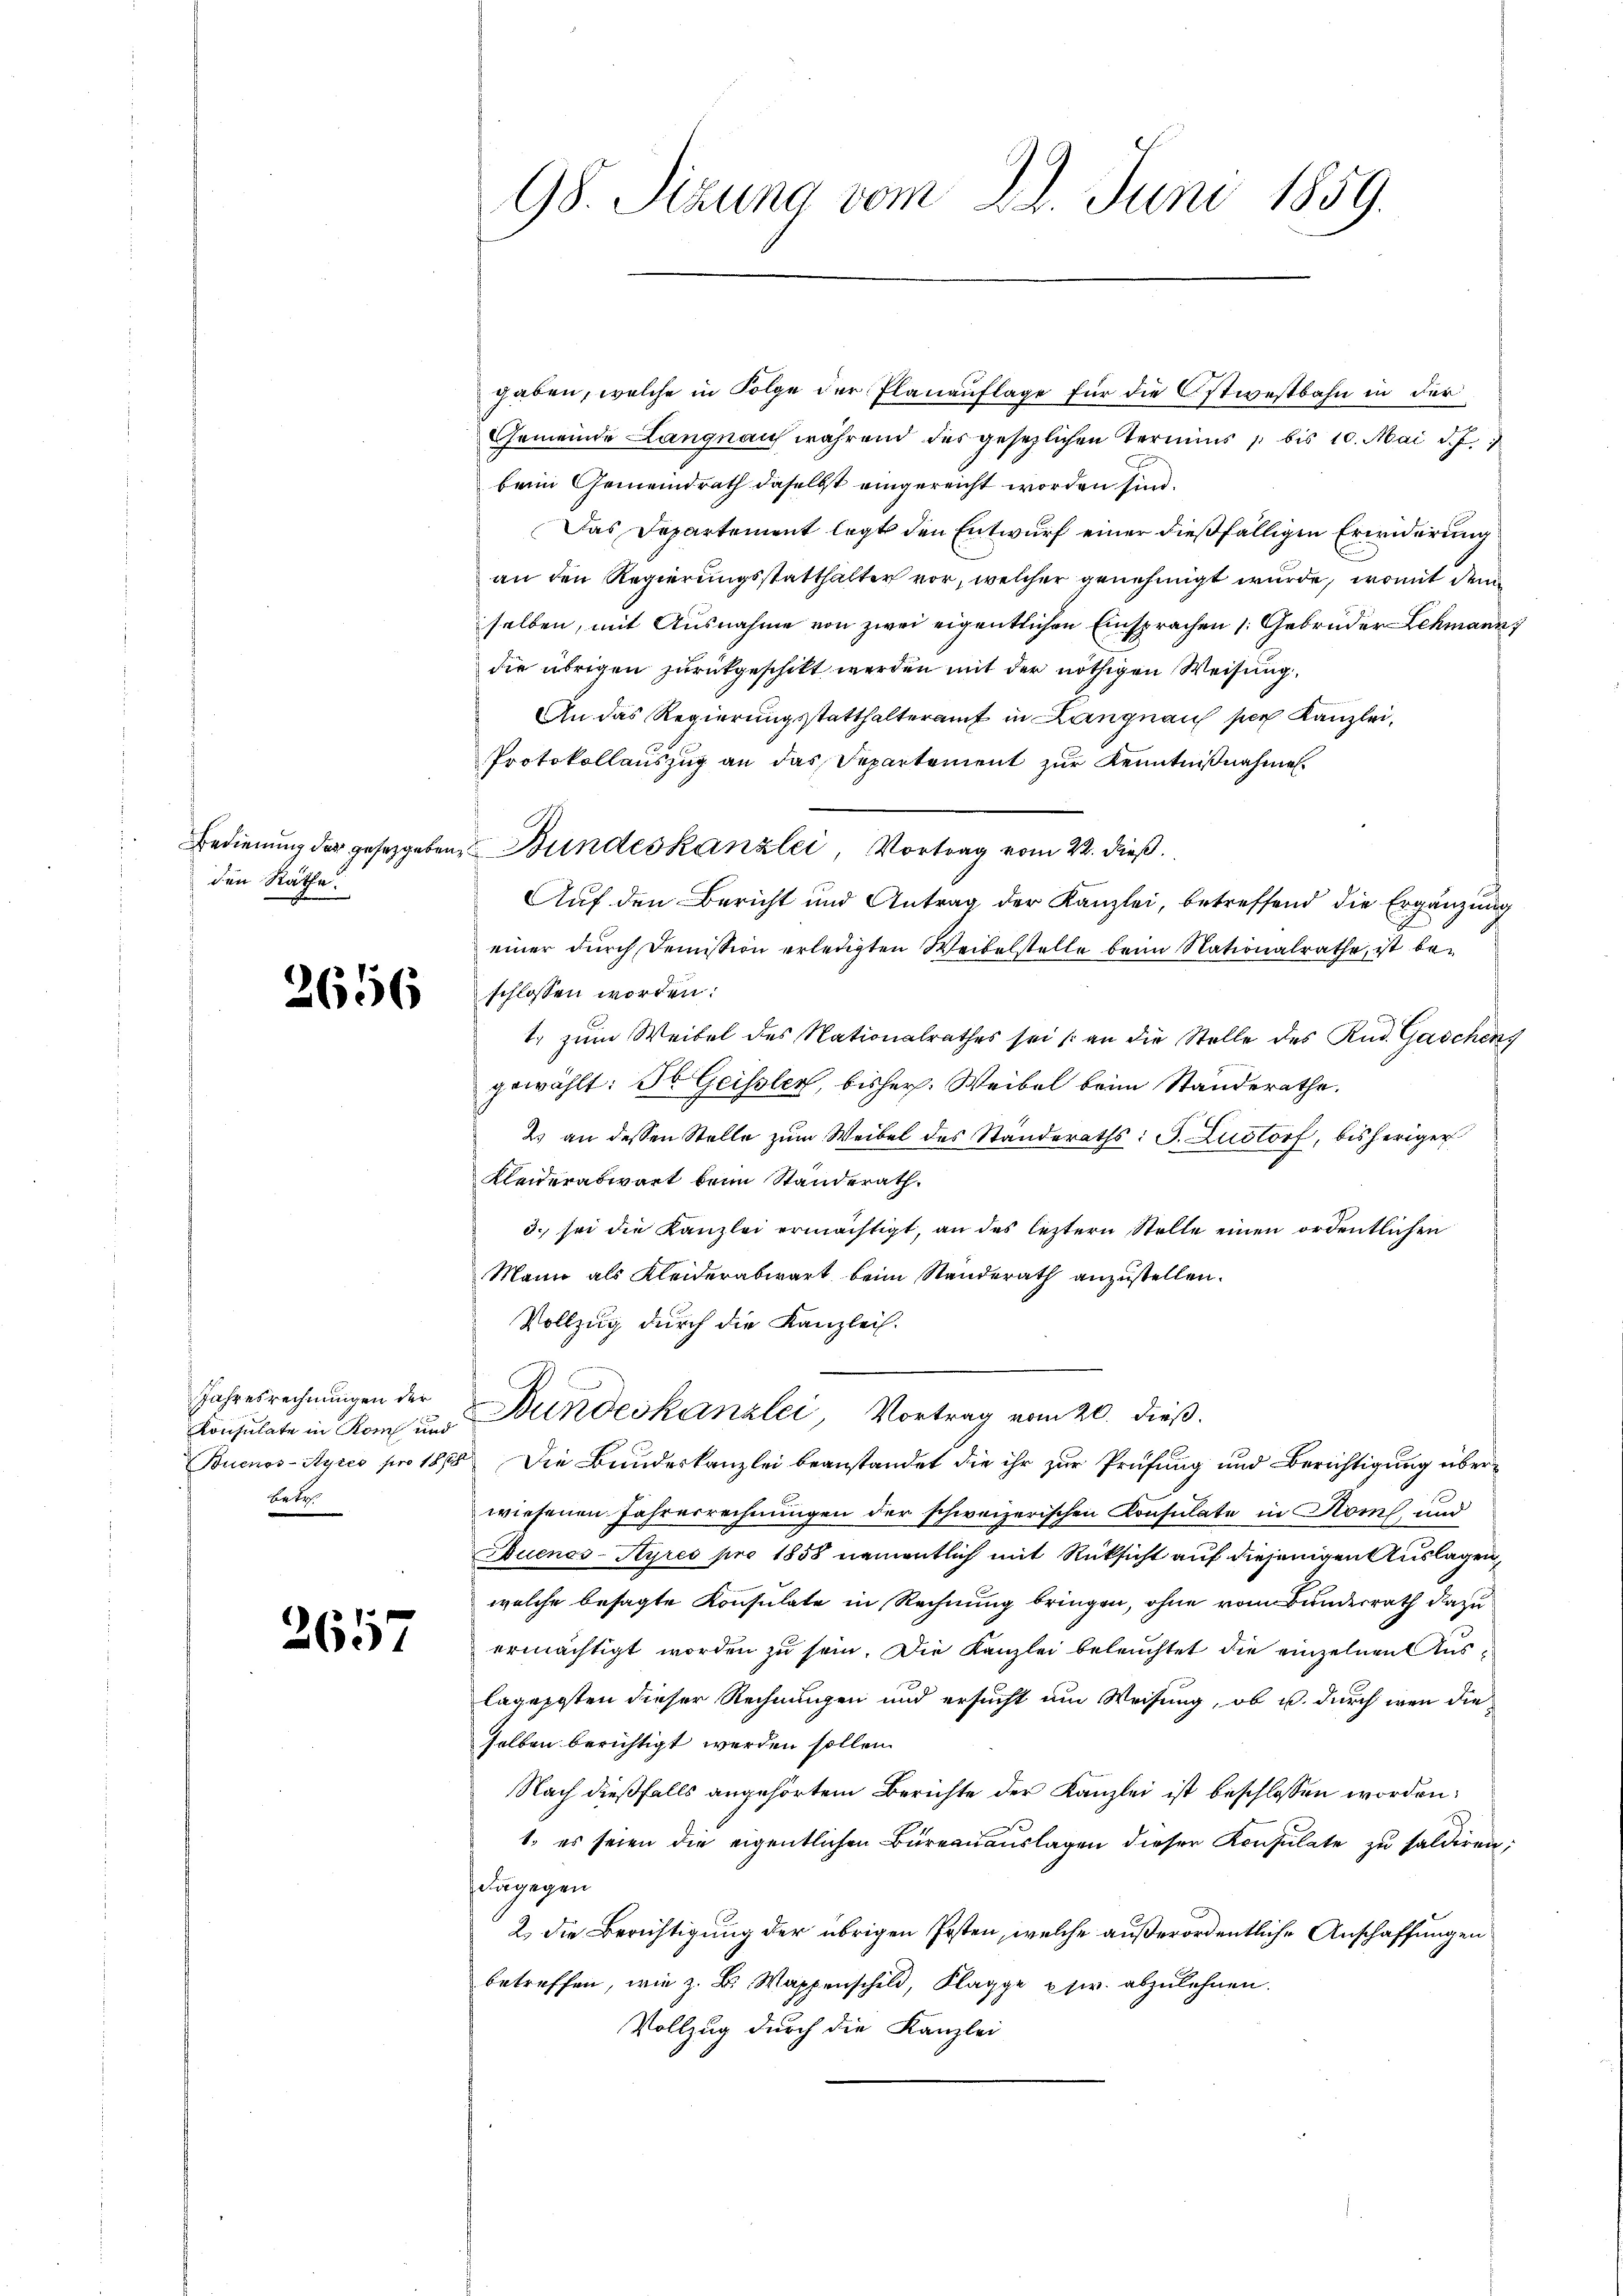
den Räthe:

2656

Jahresrechnungen der
Konsulate in Rom und
betr

2657

gaben, welche in Folge der Planauflage für die Ostwestbahn in der
Gemeinde Langnau während des gesezlichen Termins 1 bis 10. Mai d. J.
beim Gemeindrath daselbst eingereicht worden sind.
Das Departement legt den Entwurf einer dießfälligen Erwiderung
an den Regierungsstatthalter vor, welcher genehmigt wurde, womit dem
selben, mit Ausnahme von zwei eigentlichen Einsprachen (: Gebrüder Lehmann
die übrigen zurückgeschikt werden mit der nöthigen Weisung,
An das Regierungsstatthalteramt in Langnaus per Kanzlei,
Protokollauszug an das Departement zŭr Kenntniβnahme.
Bedienŭng der gesetzgeben Bundeskanzlei, Vortrag vom 22. dieβ.
Auf den Bericht und Antrag der Kanzlei, betreffend die Ergänzung
einer durch Demission erledigten Weibelstelle beim Nationalrathe, ist beschlossen worden.
1. zum Weibel des Nationalrathes sei (an die Stelle des Rud. Gaschens
gewählt: F. Geissler, bisher. Weibel beim Standerathe.
2. an dessen Stelle zŭm Weibel des Ständeraths: P. Ludorf, bisheriger
Kleiderabwart beim Standerath.
3. sei die Kanzlei ermächtigt, an das leztern Stelle einen ordentlichen
Mann als Kleiderabwart beim Standerath anzustellen.
Vollzug durch die Kanzlei.
Bundeskanzlei, Vortrag vom 20. dieß.
Buenos-Ayres pro 1888. Die Bundeskanzlei beanstandet die ihr zŭr Prüfŭng und Berichtigŭng überwiesenen Jahresrechnungen der schweizerischen Konsulate in Kons, und
Buenos-Ayres pro 1858 namentlich mit Rücksicht auf diejenigen Auslagen,
welche besagte Konsulate in Rechnung bringen, ohne von Bunderrath dazu
ermächtigt worden zu sein. Die Kanzlei beleuchtet die einzelnen Auslageposten dieser Rechnungen und ersucht um Weisung, ob u. durch wenn die
selben berichtigt werden sollen.
Nach dießfalls angehörtem Berichte der Kanzlei ist beschlossen worden:
1. es seien die eigentlichen Büreaŭaŭslagen dieser Konsulate zu saldiren;
dagegen
2. die Berichtigung der übrigen Posten, welche außerordentliche Anschaffungen
betreffen, wie z. B. Wappenschuld, Klagge usw. abzulehnen.
Vollzug durch die Kanzlei

98. Sizung vom 22. Juni 1859.